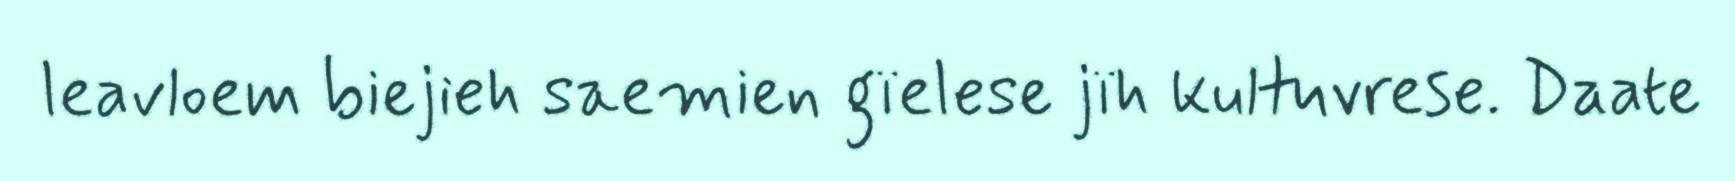
leavloem biejieh saemien gïelese jïh kultuvrese. Daate